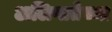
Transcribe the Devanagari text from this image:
अलिप्ततेच्या